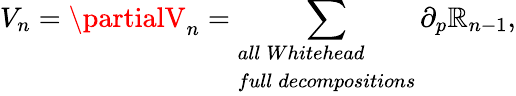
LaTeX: V_{n}=\partialV_{n}=\sum_{\begin{array}{ll}{{all\: Whitehead}}\\ {{full\: decompositions}}\end{array}}\partial_{p}\mathbb{R}_{n-1},